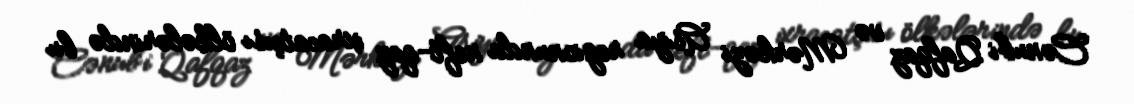
Cənubi Qafqaz və Mərkəzi Asiya regionunda neft-qaz ixracatçısı ölkələrində bu